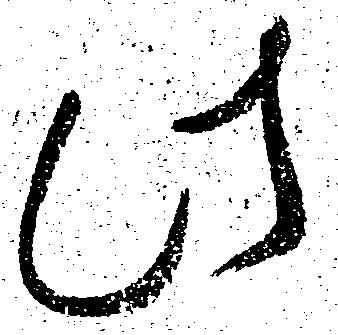
此